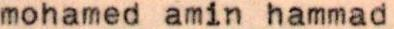
mohamed amin hammad